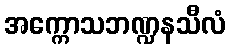
အက္ကောသဘဏ္ဍနသီလံ